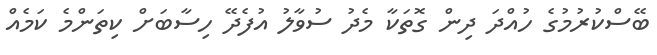
ބޭސްކުރުމުގެ ހުއްދަ ދިން ގޮތަކާ މެދު ސުވާލު އުފެދޭ ހިސާބަށް ކިތަންމެ ކަމެއް